Juuru_vallavalitsus, lk 30
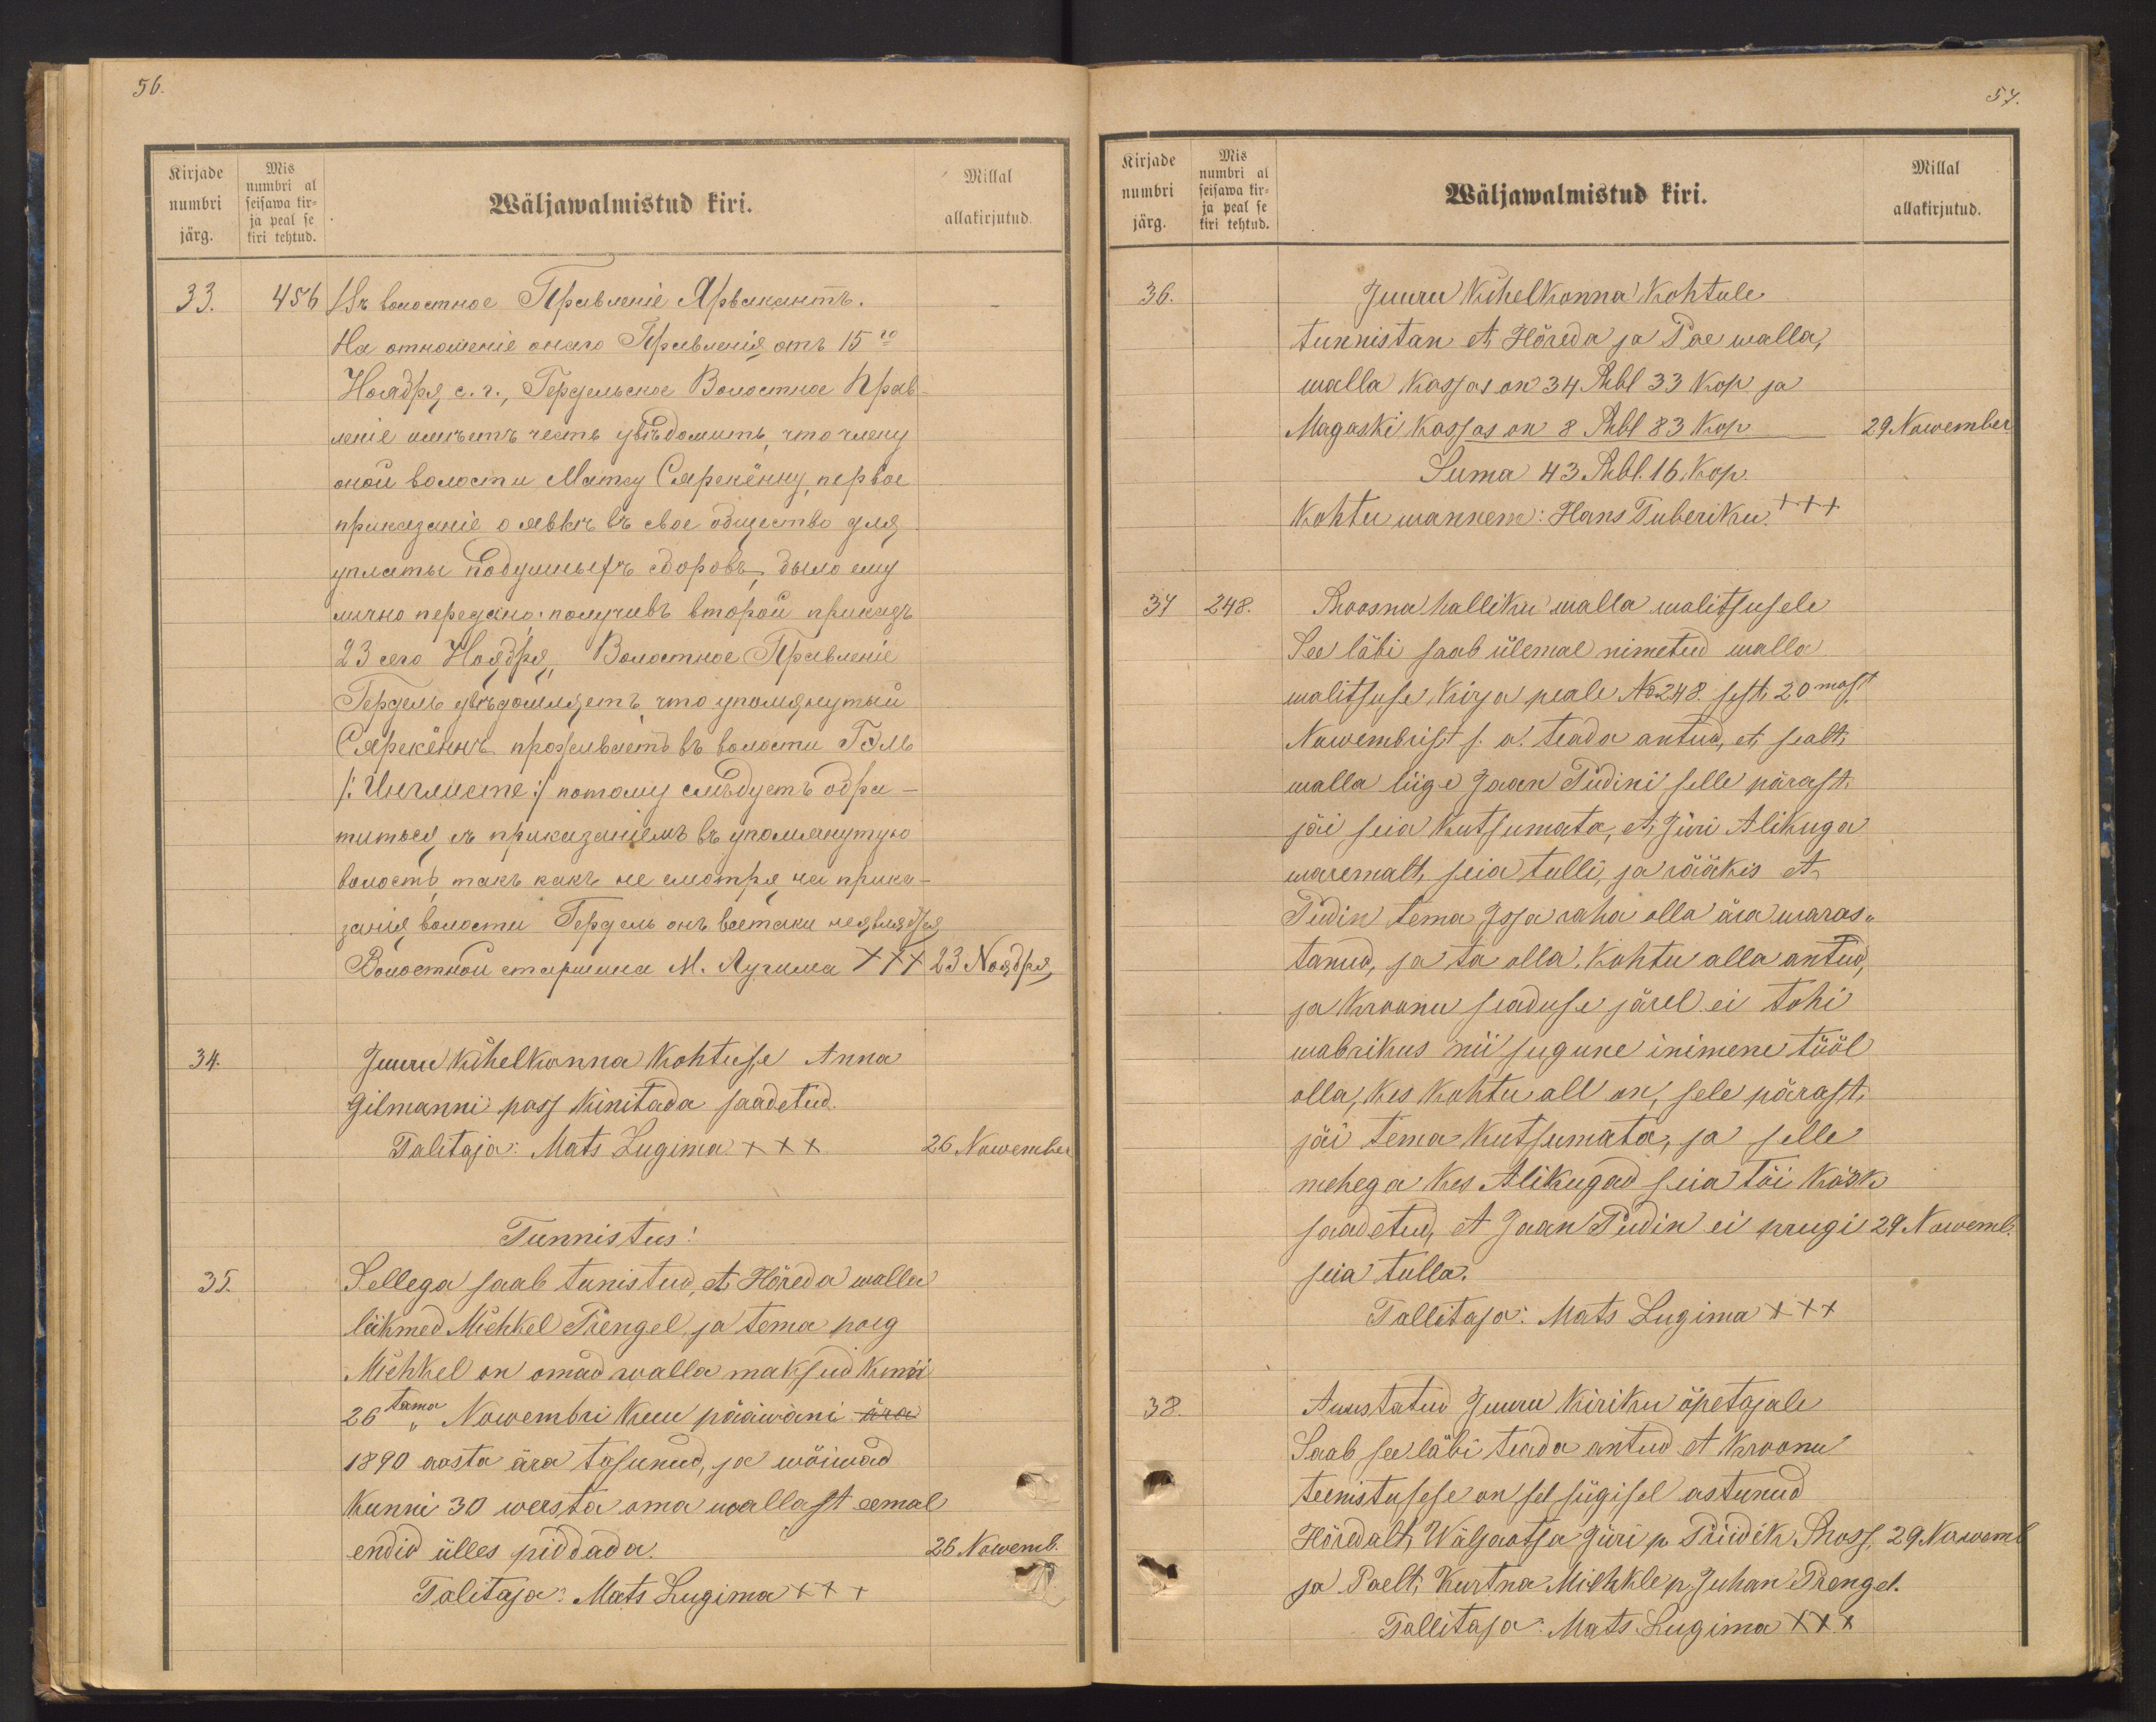
Kirjade
numbri
järg.
Mis
numbri al
seisawa kir-
ja peal se
kiri tehtud.

56.
Millal
Wäljawalmistud kiri.
allakirjutud.
33.
34.
Juuru kihelkonna kohtuse Anna
Gilmanni pass kinitada saadetud.
Talitaja: Mats Lugima xxx
26 Nowember
Tunnistus!
35.
Sellega saab tunistud, et Hõreda walla
liikmed Michkel Prengel ja tema poeg
Michkel on omad walla maksud kuni
26 tama Nowembri kuu pääwani ära
1890 aasta ära tasunud, ja wõiwad
Kunni 30 wersta oma wallast eemal
endid ülles piddada.
26 Nowemb.
Talitaja: Mats Lugima xx+
1)

Kirjade
numbri
järg.
Mis
numbri al
seisawa kir-
ja peal se
kiri tehtud.

57.
Millal
Wäljawalmistud kiri.
allakirjutud.
36.
Juuru kihelkonna kohtule
tunnistan et Hõreda ja Pae walla,
walla kassas on 34 Rbl 33 kop. ja
Magaski kassas on 8 Rbl 83 kop
29 Nowember
Suma 43. Rbl. 16. Kop.
kohtu wannem: Hans Tuberiku +++
34 248.
Roosna halliku walla walitsusele
See läbi saab ülemal nimetud walla
walitsuse kirja peale No 248. sest, 20mast
Nowembrist s. a. teada antud, et sealt,
walla liige Jaan Pudini selle pärast
jäi seia kutsumata, et Jüri Alikuga
waremalt seia tulli, ja rääkis et
Pudin tema Isa raha olla ära waras-
tanud, ja ta olla, kohtu alla antud,
ja kroonu seaduse järel ei tohi
wabrikus nii sugune inimene tööl
olla, kes kohtu all on, sele pärast,
jäi tema kutsumata, ja selle
mehega kes Alikugad seia tõi käsk
saadetud, et Jaan Pudin ei prugi 29 Nowemb
seia tulla.
Tallitaja: Mats Lugima xxx
38.
Auustatud Juuru kiriku õpetajale
Saab see läbi teada antud et kroonu
teenistusse on sel sügisel astunud
Hõredalt, Wäljaotsa Jüri p. Priidik Gross, 29 Noweb.
ja Paelt, Kurtna Michkle p. Juhan Prengel.
Tallitaja: Mats Lugima xxx